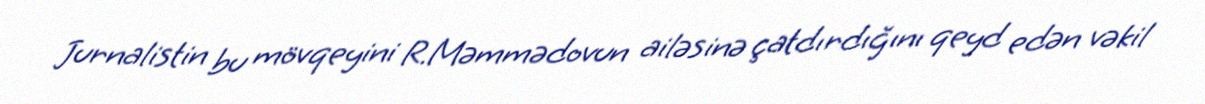
Jurnalistin bu mövqeyini R.Məmmədovun ailəsinə çatdırdığını qeyd edən vəkil